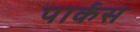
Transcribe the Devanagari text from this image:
पार्कस